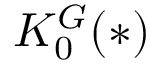
K _ { 0 } ^ { G } ( * )